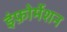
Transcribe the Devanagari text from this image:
इंफ़ोर्मेशन